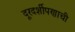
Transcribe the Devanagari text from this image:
दूरदर्शीपणाची